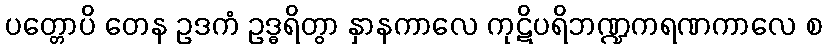
ပတ္တောပိ တေန ဥဒကံ ဥဒ္ဓရိတွာ နှာနကာလေ ကုဋိပရိဘဏ္ဍကရဏကာလေ စ